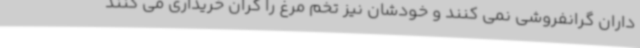
داران گرانفروشی نمی کنند و خودشان نیز تخم مرغ را گران خریداری می کنند